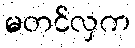
မတင်လှက